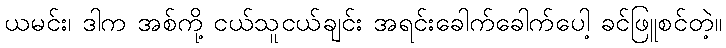
ယမင်း၊ ဒါက အစ်ကို့ ငယ်သူငယ်ချင်း အရင်းခေါက်ခေါက်ပေါ့ ခင်ဖြူစင်တဲ့။